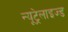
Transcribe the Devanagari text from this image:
न्यूट्रेलाइज्ड